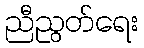
ညီညွတ်ရေး